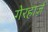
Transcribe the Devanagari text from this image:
गेरहार्ज़